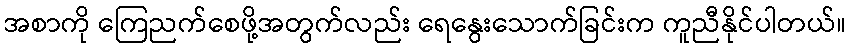
အစာကို ကြေညက်စေဖို့အတွက်လည်း ရေနွေးသောက်ခြင်းက ကူညီနိုင်ပါတယ်။